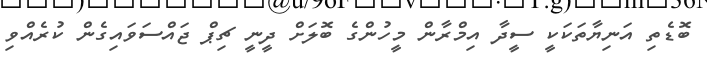
ބޮޑެތި އަނިޔާތަކަކީ ސީދާ އިމްރާން މީހުންގެ ބޮލަށް ދީނީ ޗިޕް ޖައްސަވައިގެން ކުރެއްވި